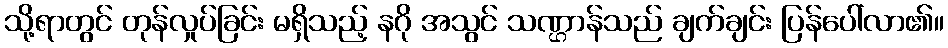
သို့ရာတွင် တုန်လှုပ်ခြင်း မရှိသည့် နဂို အသွင် သဏ္ဌာန်သည် ချက်ချင်း ပြန်ပေါ်လာ၏။